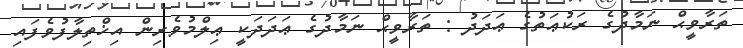
ތަރާވީޙް ނަމާދުގެ ރަކުޢަތުގެ ޢަދަދު : ތަރާވީޙް ނަމާދުގެ ޢަދަދަކީ ޢިލްމުވެރިން އިޚްތިލާފުވެފައި